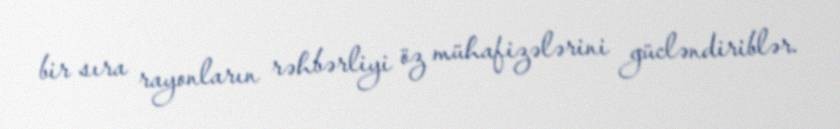
bir sıra rayonların rəhbərliyi öz mühafizələrini gücləndiriblər.